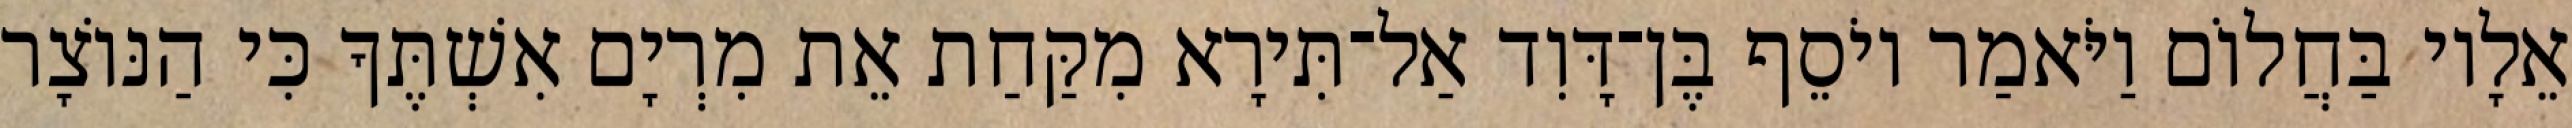
אֵלָיו בַּחֲלוֹם וַיֹּאמַר יוֹסֵף בֶּן־דָּוִד אַל־תִּירָא מִקַּחַת אֵת מִרְיָם אִשְׁתֶּךָ כִּי הַנּוֹצָר